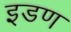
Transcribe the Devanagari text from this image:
इडण